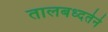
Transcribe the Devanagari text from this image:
तालबध्दतेने